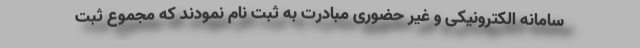
سامانه الکترونیکی و غیر حضوری مبادرت به ثبت نام نمودند که مجموع ثبت